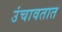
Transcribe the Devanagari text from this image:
उंचावतात